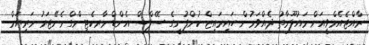
ރާއްޖެއެމްވީއަށް މައުލޫމާތު ދެއްވަމުން ހައިރައިޒް ކުންފުނީގެ ސޭލްސް އެންޑް މާރކެޓިންގް މެނޭޖަރު މަރިޔަމް